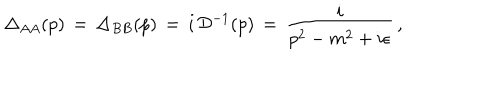
\Delta _ { A A } ( p ) \, = \, \Delta _ { B B } ( p ) \, = \, i \, { \cal D } ^ { - 1 } ( p ) \, = \, \frac { i } { p ^ { 2 } - m ^ { 2 } + i \epsilon } \, ,